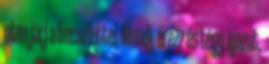
uton járj a becsülettel. Mondj, érezz és tégy igazat,